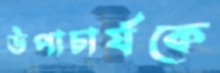
উপাচার্যকে